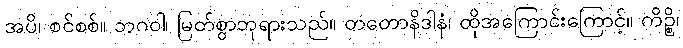
အပိ၊ စင်စစ်။ ဘဂဝါ၊ မြတ်စွာဘုရားသည်။ တတောနိဒါနံ၊ ထိုအကြောင်းကြောင့်။ ကိဉ္စိ၊